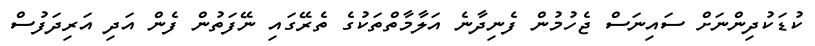
ކުޑަކުދިންނަށް ސައިނަސް ޖެހުމުން ފެނިދާނެ އަލާމާތްތަކުގެ ތެރޭގައި ނޭފަތުން ފެން އަދި އަރިދަފުސް